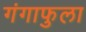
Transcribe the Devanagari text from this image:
गंगाफुला